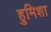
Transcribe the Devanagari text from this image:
हुमिशा